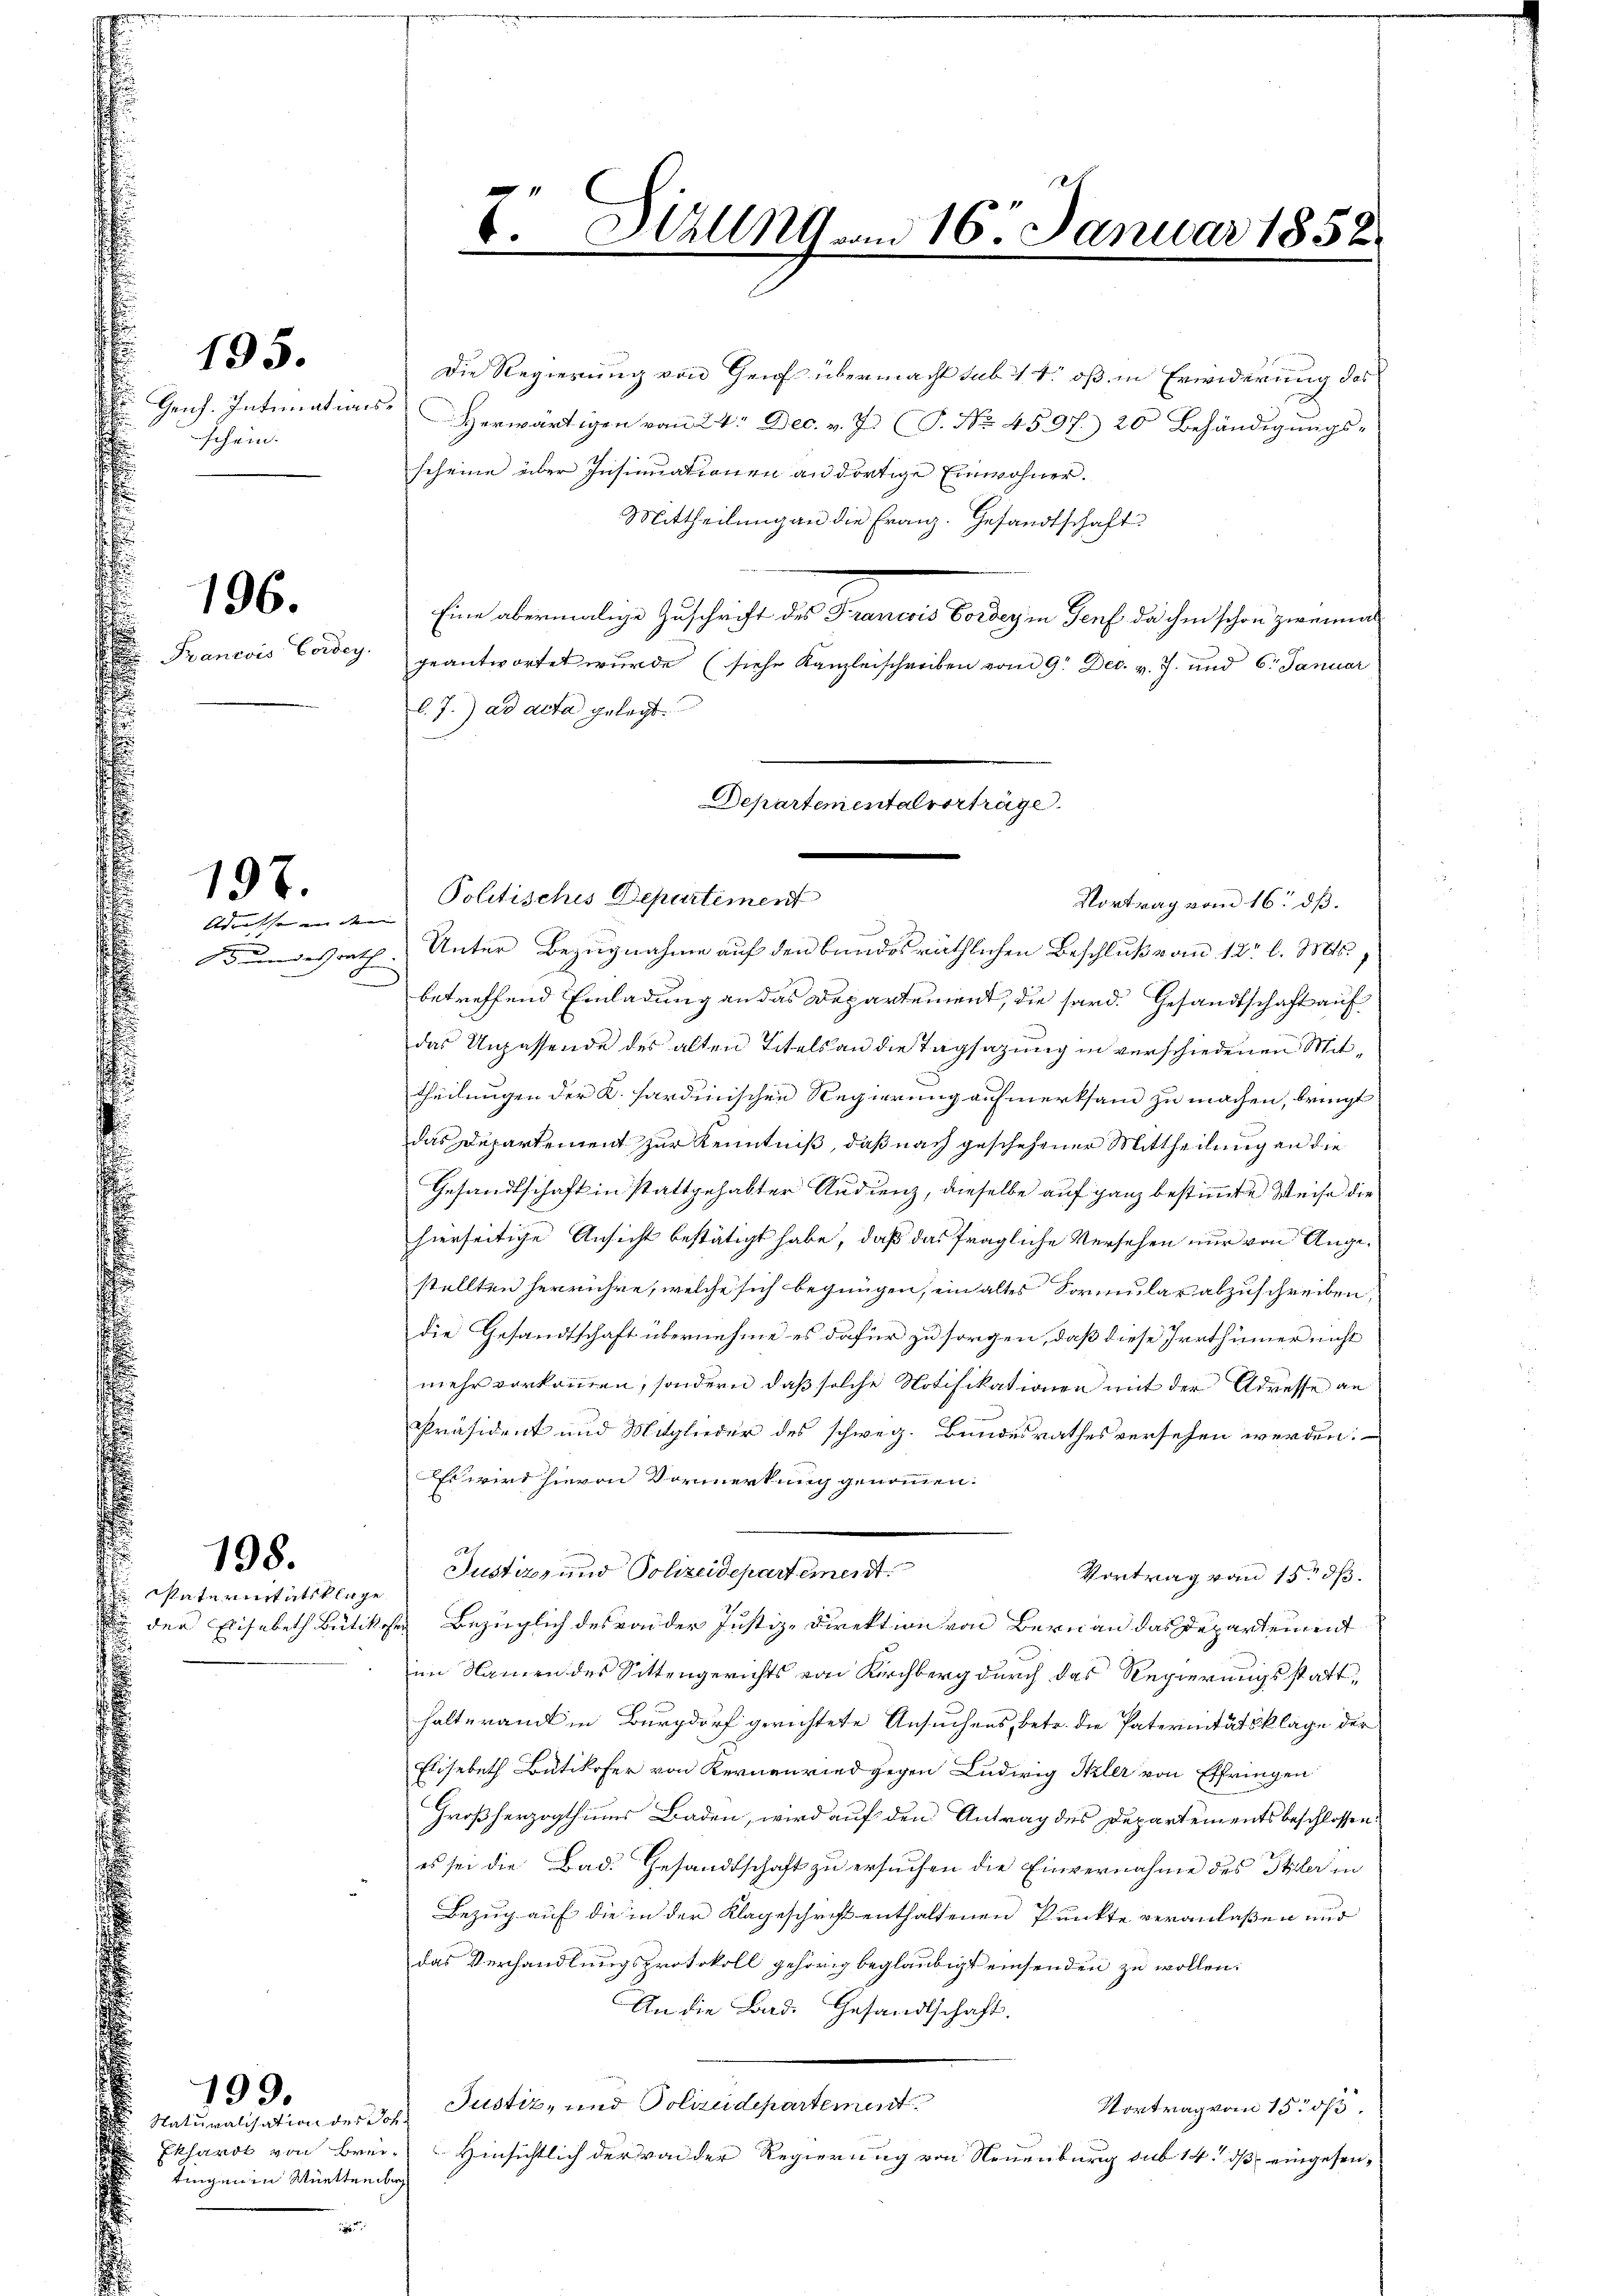
schein.

195.

196.

Francois Cordey,

197.

Adresse in den

Naturnitätsklage

198.

199.

scheine über Insinuationen an dortige Einwohner.
Mittheilung an die Franz. Gesandtschaft
Eine abermalige Zuschrift des Francois Bordey in Genf da ihm schon zweimal
geantwortet wurde (siehe Kanzleischreiben vom 9. Dec. v. J. und 6. Januar
l. J.) ad acta gelegt.
Bundesrath Unter Bezugnahme auf den bundesräthlichen Beschluß vom 12t. l. Mts.,
betreffend Einladung an das Departement, die sard. Gesandtschaft auf
das Unpassende des alten Titels an die Tagsazung in verschiedenen Mittheilungen der K. sardinischen Regierung aufmerksam zu machen, bringt
das Departement zur Kenntniß, daß nach geschehener Mittheilung an die
Gesandtschaft in stattgehabter Audienz, dieselbe auf ganz bestimmte Weise die
hierseitige Ansicht bestätigt habe, daß das fragliche Versehen nur von Angestellten herrühre, welche sich begnügen, ein altes Formular abzuschreiben,
die Gesandtschaft übernehme es dafür zu sorgen, daß diese Irrthümer nicht
mehr vorkommen, sondern daß solche Notifikationen mit der Adresse an
Präsident und Mitglieder des schweg. Bundesrathes versehen werden.
Es wird hievon Vormerkung genommen.
Justiz- und Polizeidepartement
Vortrag vom 15. dß.
 der Elisabeth Bütiker Bezüglich des raider Justiz-Direktion von Bern an das Departement
im Namen des Sittengerichts von Kirchberg durch das Regierungsstatthalteramt in Burgdorf gerichtete Ansuchens, betr. die Paternitätsklage der
Elisabeth Bütikofer von Kernenried gegen Ludwig Skler von Effringen
Großherzogthums Baden, wird auf den Antrag des Departements beschlossen:
es sei die Bad. Gesandtschaft zu ersuchen die Einvernahme des Stiler in
Bezug auf die in der Klageschrift enthaltenen Punkte veranlaßen und
das Verhandlungsprotokoll gehörig beglaubigt einsenden zu wollen.
An die Bd. Gesandtschaft.
Justiz, und Polizeidepartement
Vortrag vom 15. ds.
Ekhardt von Brei- Hinsichtlich der von der Regierung von Neuenburg sub 14. ds eingesen¬

Naturalisation des Joh.
tingen in Württember

12
8. Stuung vom 16. Januar 1858.

Politisches Departement

Die Regierung von Gens übermacht sub 14 oß in Erwiderung des
Genh. Intimations- herwärtigen von 24. Dec. v. J. J. No. 4597. 20 Behändigungs¬

Departemental vorträge.
Vortrag vom 16. dß.